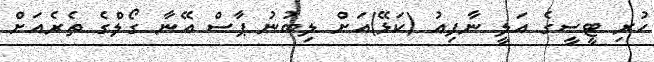
ހުރި ޓީސީގެ އަލީ ނާފިއު (ކަޅޭ)އަށް ލިބުނު ޕާސް އޭނާ ގޯލްގެ ތެރެއަށް